Indian Medical Review
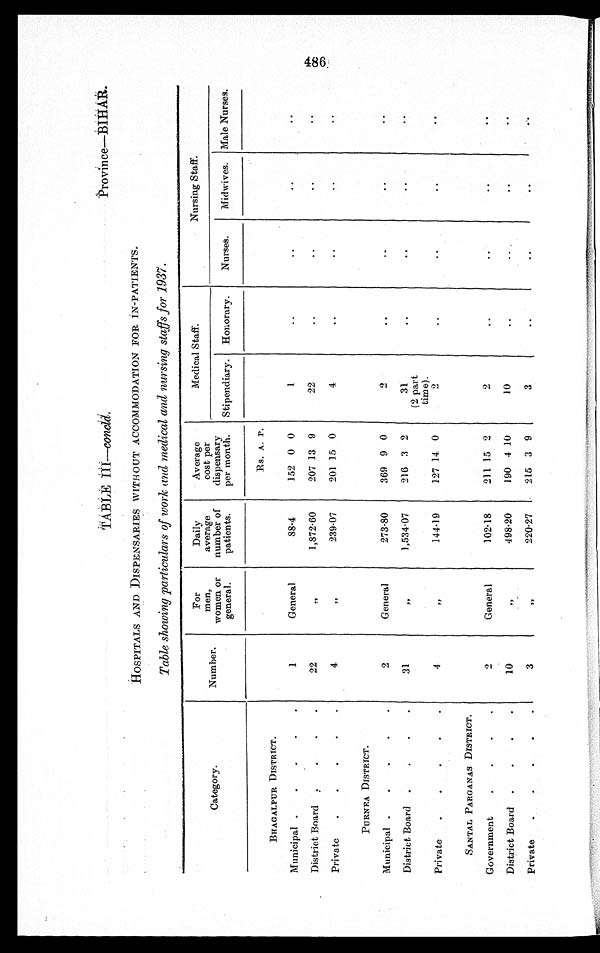
TABLE III—concld
Province—BIHAR.
HOSPITALS AND DISPENSARIES WITHOUT ACCOMMODATION FOR IN-PATIENTS.
Table showing particulars of work and medical and nursing staffs for 1937
Category.
Number.
For
men,
women or
general.
Daily
average
number of
patients.
Average
cost per
dispensary
per month.
Medical Staff.
Nursing Staff.
Stipendiary.
Honorary.
Nurses.
Midwives.
Male Nurses.
BHAGALPUR DISTRICT.
1
General
88.4
Rs. A. P.
1
..
..
. .
. .
152 0 0
Municipal .
.
.
. .
District Board
22
, , 1,872.60
207 13 9
2
. .
..
. .
..
Private
.
.
.
. .
4
, ,
239.07
201 15 0
4
. .
. .
. .
..
PURNEA DISTRICT.
2
General
273.80
369 9 0
2
. .
. .
. .
. .
Municipal .
.
.
.
.
District Board
.
.
.
.
31
„
1,534.07
216 3 2
3 1
(2 part
time)
..
. .
. .
. .
Private
.
.
.
.
.
4
, , 144.19
127 14 0
2
. .
. .
. .
..
SANTAL PARGANAS DISTRICT.
2
General
102.18
211 15 2
2
. .
. .
. .
..
Government
.
.
.
.
District Board .
.
.
.
10
, ,
498.20
190 4 10
10
..
..
..
..
Private
.
.
.
. .
3
, ,
220.27
215 3 9
3
..
..
..
..